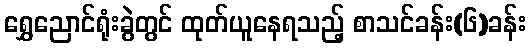
ရွှေညောင်ရုံးခွဲတွင် ထုတ်ယူနေရသည့် စာသင်ခန်း(၆)ခန်း